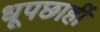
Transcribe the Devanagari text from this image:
धूपछाहीं